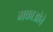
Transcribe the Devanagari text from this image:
मकाओचे